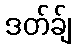
ဒတ်ခ်ျ